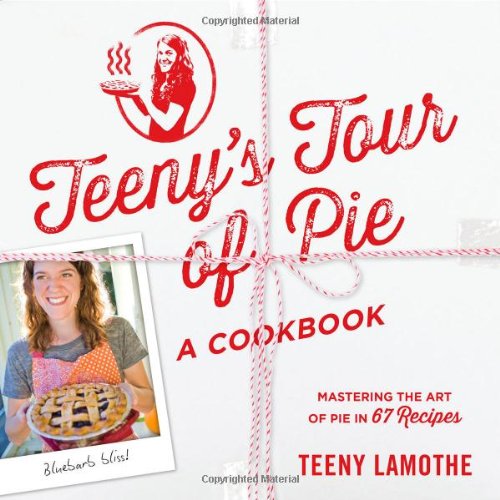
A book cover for Teeny's Tour of Pie: A Cookbook; Teeny Lamothe; Cookbooks, Food & Wine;